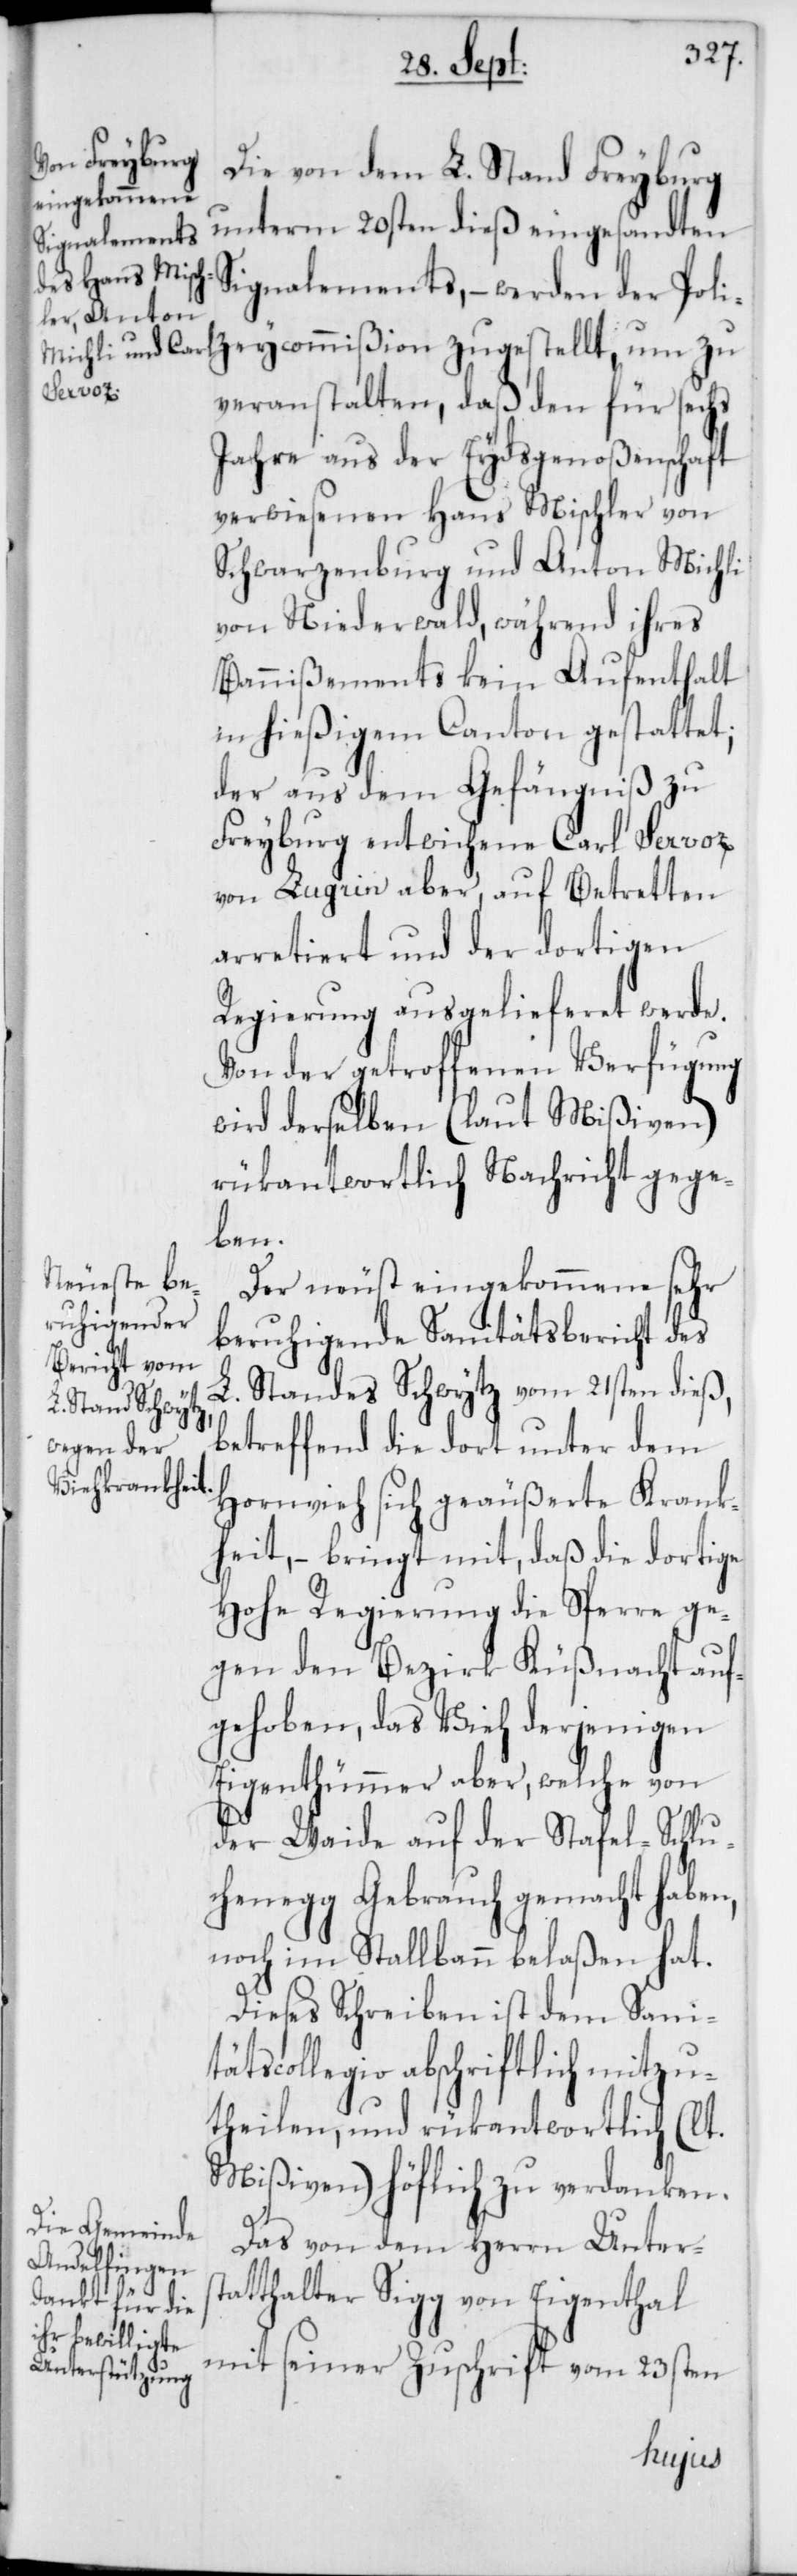
Die von dem L. Stand Freyburg
unterm 20sten dieß eingesandten
Signalements, – werden der Poli¬
zeycommißion zugestellt, um zu
veranstalten, daß den für sechs
Jahre aus der Eydsgenoßenschaft
verwiesenen Hans Mischler von
Schwarzenburg und Anton Michli
von Niederwald, während ihres
Bannißements kein Aufenthalt
in hießigem Canton gestattet;
der aus dem Gefängniß zu
Freyburg entwichene Carl Servoz
von Lugrin aber, auf Betretten
arretiert und der dortigen
Regierung ausgelieferet werde.
Von der getroffenen Verfügung
wird derselben (laut Mißiven)
rükantwortlich Nachricht gege¬
ben.
Der neust eingekommene sehr
beruhigende Sanitätsbericht des
L. Standes Schwytz vom 21sten dieß,
betreffend die dort unter dem
Hornvieh sich geäußerte Krank¬
heit, – bringt mit, daß die dortige
Hohe Regierung die Sperre ge¬
gen den Bezirk Küßnacht auf¬
gehoben, das Vieh derjenigen
Eigenthümer aber, welche von
der Waide auf der Stafel-Schlu¬
chenegg Gebrauch gemacht haben,
noch im Stallbann belaßen hat.
Dieses Schreiben ist dem Sani¬
tätscollegio abschriftlich mitzu¬
theilen, und rükantwortlich (lt.
Mißiven) höflich zu verdanken.
Das von dem Herrn Unters¬
tatthalter Sigg von Eigenthal
mit seiner Zuschrift vom 23sten